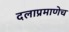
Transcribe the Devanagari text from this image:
दलाप्रमाणेच